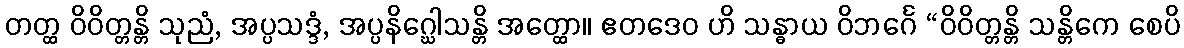
တတ္ထ ဝိဝိတ္တန္တိ သုညံ, အပ္ပသဒ္ဒံ, အပ္ပနိဂ္ဃေါသန္တိ အတ္ထော။ ဧတဒေဝ ဟိ သန္ဓာယ ဝိဘင်္ဂေ “ဝိဝိတ္တန္တိ သန္တိကေ စေပိ